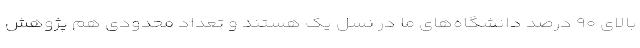
بالای ۹۰ درصد دانشگاه‌های ما در نسل یک هستند و تعداد محدودی هم پژوهش